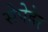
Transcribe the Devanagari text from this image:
सेपेहेर